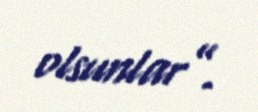
olsunlar”.